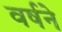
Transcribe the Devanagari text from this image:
वर्षने